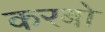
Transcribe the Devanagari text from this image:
करबो